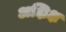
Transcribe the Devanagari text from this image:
अक्षिक्ष